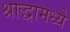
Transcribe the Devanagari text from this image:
श्राद्धामध्ये